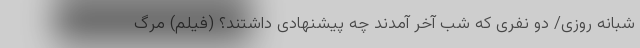
شبانه روزی/ دو نفری که شب آخر آمدند چه پیشنهادی داشتند؟ (فیلم) مرگ